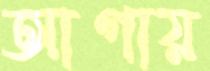
আগায়